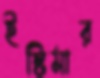
ইস্টিমার